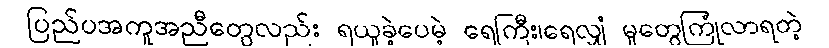
ပြည်ပအကူအညီတွေလည်း ရယူခဲ့ပေမဲ့ ရေကြီး၊ရေလျှံ မှုတွေကြုံလာရတဲ့